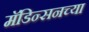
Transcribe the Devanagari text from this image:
मॅडिन्सनच्या